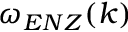
\omega _ { E N Z } ( k )